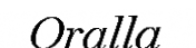
Oralla